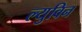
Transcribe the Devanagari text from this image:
ल्युविन